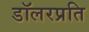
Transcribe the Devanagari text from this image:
डॉलरप्रति